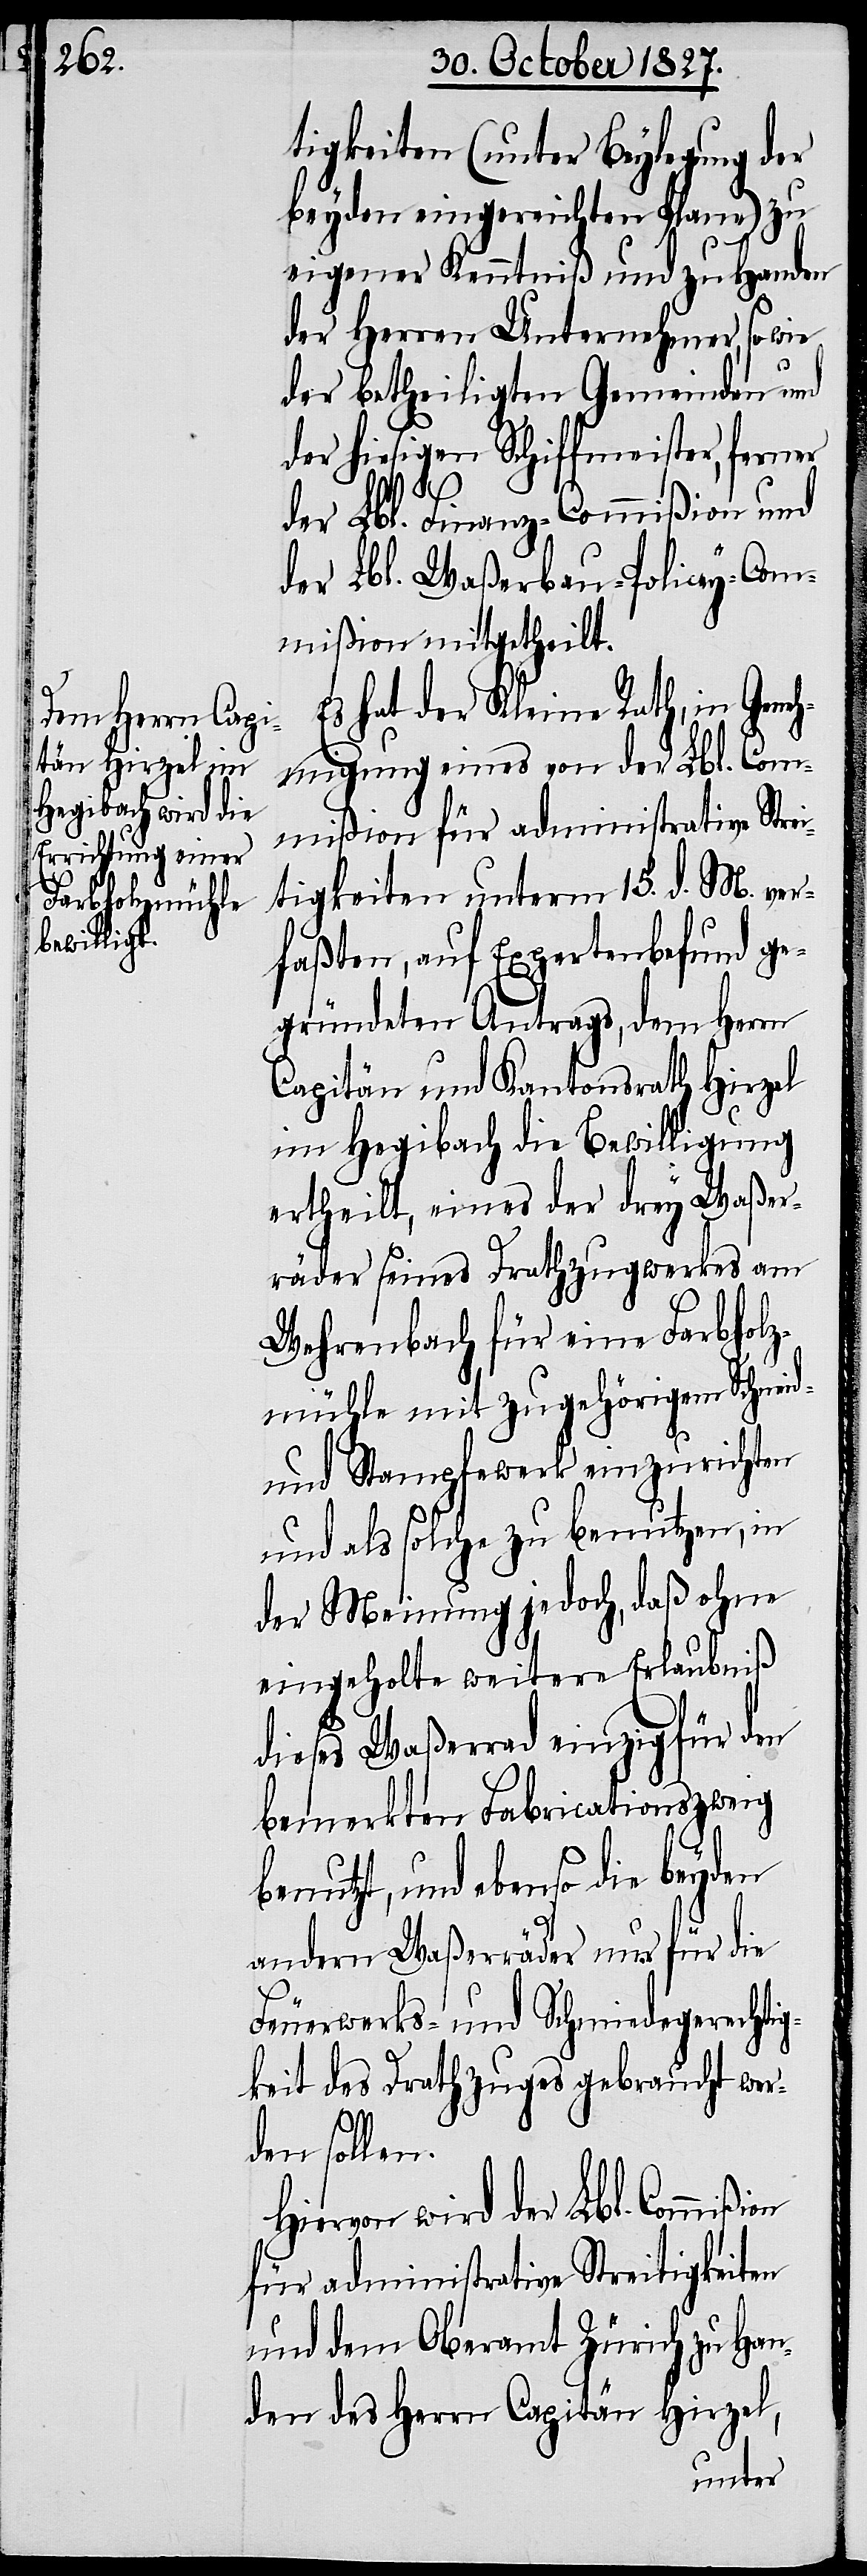
tigkeiten (unter Beylegung der
beyden eingereichten Plane) zu
on
eigener Kenntniß und zu Handen
der Herren Unternehmer, so wie
der betheiligten Gemeinden und
der hiesigen Schiffmeister, ferner
b¬
der Lbl. Finanz-Commißion und
der Lbl. Waßerbau-Policey-Com¬
mißion mitgetheilt.
Es hat der Kleine Rath, in Gene¬
hmigung eines von der Lbl. Com¬
mißion für administrative Strei¬
tigkeiten unterm 15. d. M. ver¬
faßten, auf Expertenbefund ge¬
gründeten Antrags, dem Herrn
Capitän und Kantonsrath Hirzel
im Hegibach die Bewilligung
ertheilt, eines der drey Waßer¬
räder seines Drathzugwerkes am
Wehrenbach für eine Farbholz¬
mühle mit zugehörigem Schneid-
und Stampfewerk einzurichten
und als solche zu benutzen, in
der Meinung jedoch, daß ohne
eingeholte weitere Erlaubniß
dieses Waßerrad einzig für den
bemerkten Fabricationszweig
enutzt, und ebenso die beyden
andern Waßerräder nur für die
Feuerwerks- und Schmiedegerechtig¬
keit des Drathzuges gebraucht wer¬
den sollen.
Hiervon wird der Lbl. Commißi¬
für Administrative Streitigkeiten
und dem Oberamt Zürich zu Han¬
den des Herrn Capitän Hirzel,